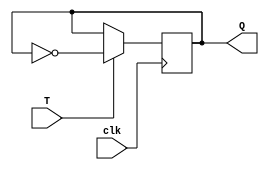
module t_flipflop (
    input wire T,
    input wire clk,
    output reg Q
);

always @(posedge clk) begin
    if (T == 1'b1) begin
        Q <= ~Q; // Toggle Q on rising edge of clock when T is high
    end
end

endmodule